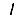
Digit: 1